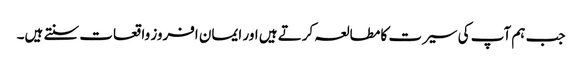
جب ہم آپ کی سیرت کا مطالعہ کرتے ہیں اور ایمان افروز واقعات سنتے ہیں۔